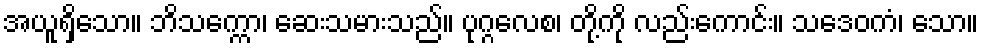
အယူရှိသော။ ဘိသက္ကော၊ ဆေးသမားသည်။ ပုဂ္ဂလေစ၊ တို့ကို လည်းကောင်း။ သဒေဝကံ၊ သော။